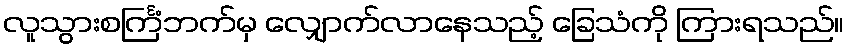
လူသွားစင်္ကြံဘက်မှ လျှောက်လာနေသည့် ခြေသံကို ကြားရသည်။